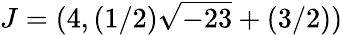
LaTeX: J=(4,(1/2){\sqrt{-23}}+(3/2))